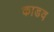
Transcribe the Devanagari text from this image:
काडव